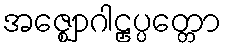
အဇ္ဈောဂါဠှပ္ပတ္တော